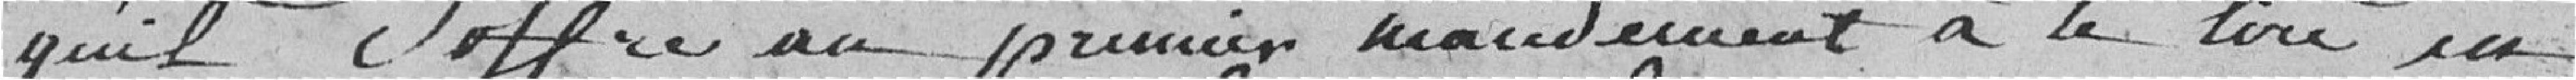
qu'il s'offre au premier mandement à le lire en